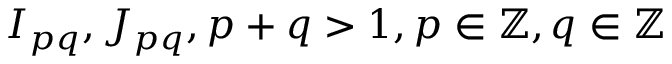
{ I _ { p q } } , { J _ { p q } } , p + q > 1 , p \in \mathbb { Z } , q \in \mathbb { Z }